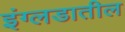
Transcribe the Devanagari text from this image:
इंग्लडातील